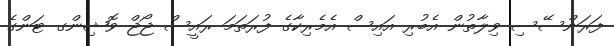
ފަރަންސޭސި ވިލާތުން އެބުރި އައިސް އެމެރިކާގެ ފުރަތަމަ ރައީސް ޖޯޖް ވޮޝިންގ ޓަންގެ